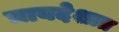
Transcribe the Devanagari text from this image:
मायदेशात